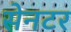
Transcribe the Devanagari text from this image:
सेनटर